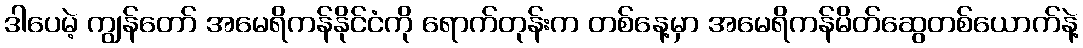
ဒါပေမဲ့ ကျွန်တော် အမေရိကန်နိုင်ငံကို ရောက်တုန်းက တစ်နေ့မှာ အမေရိကန်မိတ်ဆွေတစ်ယောက်နဲ့